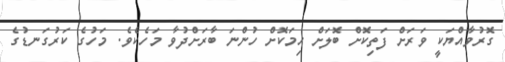
ގޮރުވާއްޔަކީ ވަރަށް ފަތިކޮށް ބޮލަށް ހިމަކޮށް ހުންނަ ބާރަށްދުވާ މަހެކެވެ. މަހުގެ ކަރުގަނޑުގެ